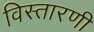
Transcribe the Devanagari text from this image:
विस्तारणी